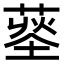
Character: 𦹨